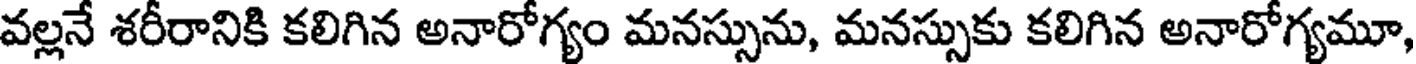
వల్లనే శరీరానికి కలిగిన అనారోగ్యం మనస్సును, మనస్సుకు కలిగిన అనారోగ్యమూ,